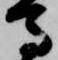
馬